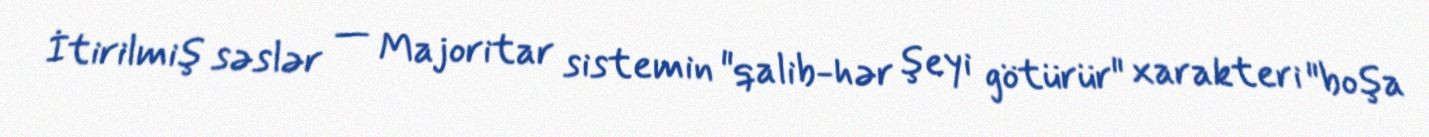
İtirilmiş səslər — Majoritar sistemin "qalib-hər şeyi götürür" xarakteri "boşa